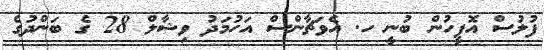
ފުލުސް އޮފީހުން ބުނީ ހ. އެވަޗާންސް އަހުމަދު ވިޝާލް 28 ގެ ބަންދުގެ